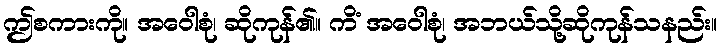
ဤစကားကို။ အဝေါစုံ၊ ဆိုကုန်၏။ ကိံ အဝေါစုံ၊ အဘယ်သို့ဆိုကုန်သနည်း။